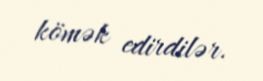
kömək edirdilər.